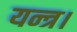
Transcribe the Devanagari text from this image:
यन्त्र।